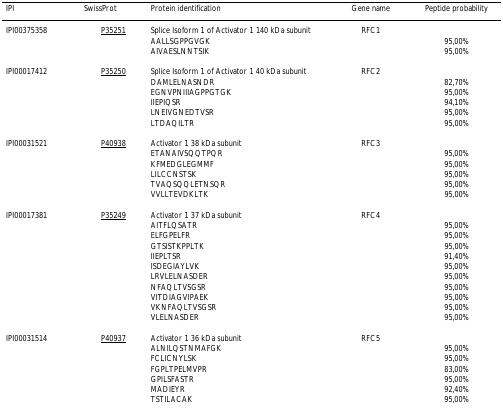
| IPI | SwissProt | Protein identification | Gene name | Peptide probability |
 | --- | --- | --- | --- | --- |
 | IPI00375358 | P35251 | Splice Isoform 1 of Activator 1 140 kDa subunit | RFC1 |  |
 |  |  | AALLSGPPGVGK |  | 95,00% |
 |  |  | AIVAESLNNTSIK |  | 95,00% |
 | IPI00017412 | P35250 | Splice Isoform 1 of Activator 1 40 kDa subunit | RFC2 |  |
 |  |  | DAMLELNASNDR |  | 82,70% |
 |  |  | EGNVPNIIIAGPPGTGK |  | 95,00% |
 |  |  | IIEPIQSR |  | 94,10% |
 |  |  | LNEIVGNEDTVSR |  | 95,00% |
 |  |  | LTDAQILTR |  | 95,00% |
 | IPI00031521 | P40938 | Activator 1 38 kDa subunit | RFC3 |  |
 |  |  | ETANAIVSQQTPQR |  | 95,00% |
 |  |  | KFMEDGLEGMMF |  | 95,00% |
 |  |  | LILCCNSTSK |  | 95,00% |
 |  |  | TVAQSQQLETNSQR |  | 95,00% |
 |  |  | VVLLTEVDKLTK |  | 95,00% |
 | IPI00017381 | P35249 | Activator 1 37 kDa subunit | RFC4 |  |
 |  |  | AITFLQSATR |  | 95,00% |
 |  |  | ELFGPELFR |  | 95,00% |
 |  |  | GTSISTKPPLTK |  | 95,00% |
 |  |  | IIEPLTSR |  | 91,40% |
 |  |  | ISDEGIAYLVK |  | 95,00% |
 |  |  | LRVLELNASDER |  | 95,00% |
 |  |  | NFAQLTVSGSR |  | 95,00% |
 |  |  | VITDIAGVIPAEK |  | 95,00% |
 |  |  | VKNFAQLTVSGSR |  | 95,00% |
 |  |  | VLELNASDER |  | 95,00% |
 | IPI00031514 | P40937 | Activator 1 36 kDa subunit | RFC5 |  |
 |  |  | ALNILQSTNMAFGK |  | 95,00% |
 |  |  | FCLICNYLSK |  | 95,00% |
 |  |  | FGPLTPELMVPR |  | 83,00% |
 |  |  | GPILSFASTR |  | 95,00% |
 |  |  | MADIEYR |  | 92,40% |
 |  |  | TSTILACAK |  | 95,00% |